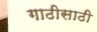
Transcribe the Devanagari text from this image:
गाठीसाठी